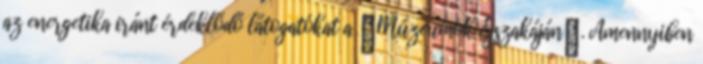
az energetika iránt érdeklődő látogatókat a Múzeumok Éjszakáján. Amennyiben